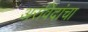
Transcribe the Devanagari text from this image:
अरविंदांचा